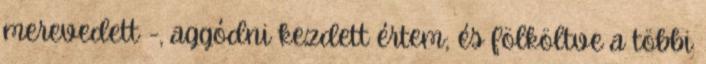
merevedett -, aggódni kezdett értem; és fölköltve a többi